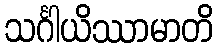
သင်္ဂါယိဿာမာတိ